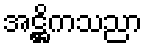
အဋ္ဌိကသညာ